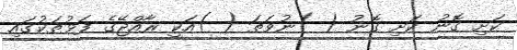
ކަށި ގޮނު ކަށި ގޮނު ( )ނުވަތަ ( )އަކީ ރާއްޖޭގެ ފަޅުތަކުގައި